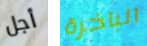
أجل الباخرة